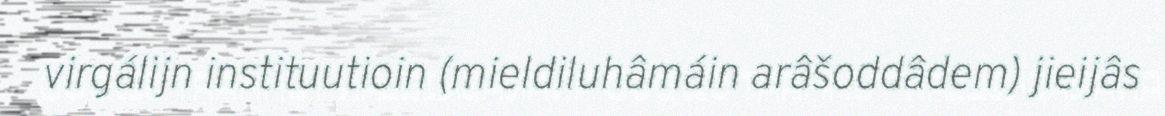
virgálijn instituutioin (mieldiluhâmáin arâšoddâdem) jieijâs